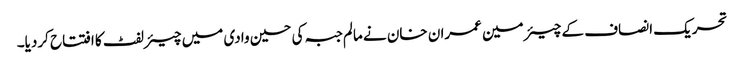
تحریک انصاف کے چیئرمین عمران خان نے مالم جبہ کی حسین وادی میں چیئرلفٹ کا افتتاح کردیا۔